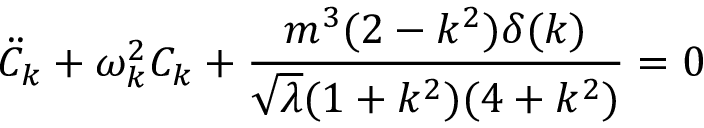
{ \ddot { C } } _ { k } + \omega _ { k } ^ { 2 } C _ { k } + \frac { m ^ { 3 } ( 2 - k ^ { 2 } ) \delta ( k ) } { { \sqrt \lambda } ( 1 + k ^ { 2 } ) ( 4 + k ^ { 2 } ) } = 0